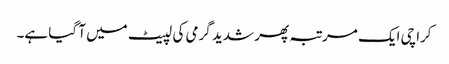
کراچی ایک مرتبہ پھر شدید گرمی کی لپیٹ میں آ گیا ہے۔